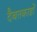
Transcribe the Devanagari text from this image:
दैबतकाडों